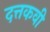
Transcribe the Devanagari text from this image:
दत्तकवी